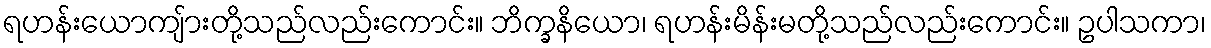
ရဟန်းယောကျ်ားတို့သည်လည်းကောင်း။ ဘိက္ခနိယော၊ ရဟန်းမိန်းမတို့သည်လည်းကောင်း။ ဥပါသကာ၊